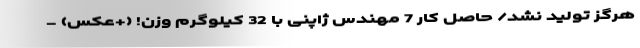
هرگز تولید نشد/ حاصل کار 7 مهندس ژاپنی با 32 کیلوگرم وزن! (+عکس) -